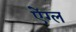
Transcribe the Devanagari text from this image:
ऐंग्ल